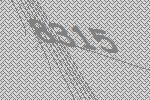
8315